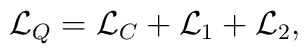
{\cal L}_Q = {\cal L}_C + {\cal L}_1 + {\cal L}_2 ,